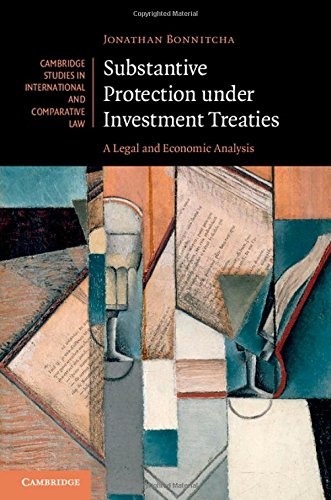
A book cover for Substantive Protection under Investment Treaties: A Legal and Economic Analysis (Cambridge Studies in International and Comparative Law); Jonathan Bonnitcha; Law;